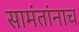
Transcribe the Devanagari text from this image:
सामंतांनाच